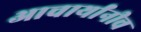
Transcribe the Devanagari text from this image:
आचार्यांनीच